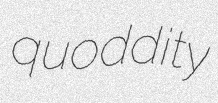
quoddity